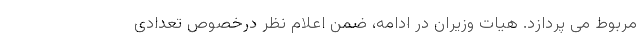
مربوط می پردازد. هیات وزیران در ادامه، ضمن اعلام نظر درخصوص تعدادی